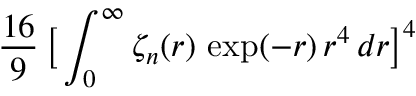
\frac { 1 6 } { 9 } \, \big [ \int _ { 0 } ^ { \infty } \zeta _ { n } ( r ) \, \exp ( - r ) \, r ^ { 4 } \, d r \big ] ^ { 4 }